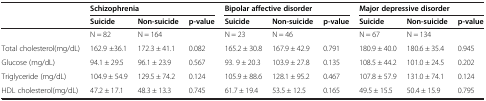
|  | <COLSPAN=3> Schizophrenia | <COLSPAN=3> Bipolar affective disorder | <COLSPAN=3> Major depressive disorder |
 |  | Suicide | Non-suicide | p-value | Suicide | Non-suicide | p-value | Suicide | Non-suicide | p-value |
 | --- | --- | --- | --- | --- | --- | --- | --- | --- | --- |
 |  | N = 82 | N = 164 |  | N = 23 | N = 46 |  | N = 67 | N = 134 |  |
 | Total cholesterol(mg/dL) | 162.9 ±36.1 | 172.3 ± 41.1 | 0.082 | 165.2 ± 30.8 | 167.9 ± 42.9 | 0.791 | 180.9 ± 40.0 | 180.6 ± 35.4 | 0.945 |
 | Glucose (mg/dL) | 94.1 ± 29.5 | 96.1 ± 23.9 | 0.567 | 93. 9 ± 20.3 | 103.9 ± 27.8 | 0.135 | 108.5 ± 44.2 | 101.0 ± 24.5 | 0.202 |
 | Triglyceride (mg/dL) | 104.9 ± 54.9 | 129.5 ± 74.2 | 0.124 | 105.9 ± 88.6 | 128.1 ± 95.2 | 0.467 | 107.8 ± 57.9 | 131.0 ± 74.1 | 0.124 |
 | HDL cholesterol(mg/dL) | 47.2 ± 17.1 | 48.3 ± 13.3 | 0.745 | 61.7 ± 19.4 | 53.5 ± 12.5 | 0.165 | 49.5 ± 15.5 | 50.4 ± 15.9 | 0.795 |